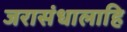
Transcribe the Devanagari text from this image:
जरासंधालाहि